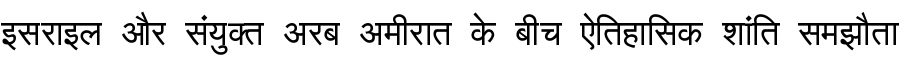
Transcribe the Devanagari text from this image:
इसराइल और संयुक्त अरब अमीरात के बीच ऐतिहासिक शांति समझौता